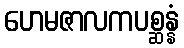
ဟေမဇာလကပစ္ဆန္နံ